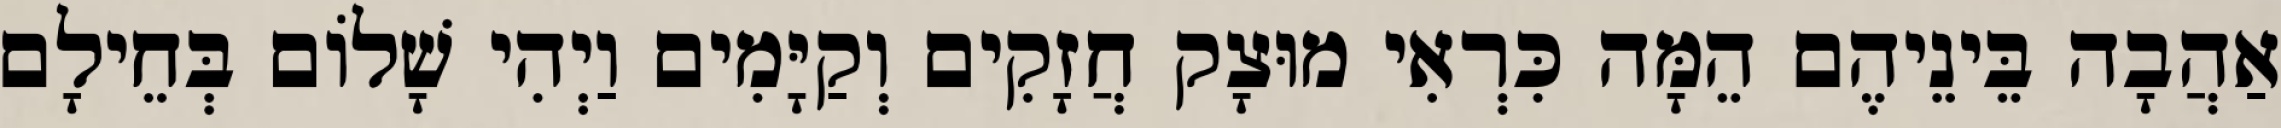
אַהֲבָה בֵּינֵיהֶם הֵמָּה כִּרְאִי מוּצָק חֲזָקִים וְקַיָּמִים וַיְהִי שָׁלוֹם בְּחֵילָם